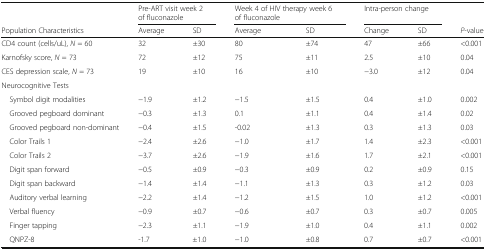
|  | <COLSPAN=2> Pre-ART visit week 2 of fluconazole | <COLSPAN=2> Week 4 of HIV therapy week 6 of fluconazole | <COLSPAN=2> Intra-person change |  |
 | Population Characteristics | Average | SD | Average | SD | Change | SD | P-value |
 | --- | --- | --- | --- | --- | --- | --- | --- |
 | CD4 count (cells/uL), N = 60 | 32 | ±30 | 80 | ±74 | 47 | ±66 | <0.001 |
 | Karnofsky score, N = 73 | 72 | ±12 | 75 | ±11 | 2.5 | ±10 | 0.04 |
 | CES depression scale, N = 73 | 19 | ±10 | 16 | ±10 | −3.0 | ±12 | 0.04 |
 | <COLSPAN=8> Neurocognitive Tests |
 | Symbol digit modalities | −1.9 | ±1.2 | −1.5 | ±1.5 | 0.4 | ±1.0 | 0.002 |
 | Grooved pegboard dominant | −0.3 | ±1.3 | 0.1 | ±1.1 | 0.4 | ±1.4 | 0.02 |
 | Grooved pegboard non-dominant | −0.4 | ±1.5 | -0.02 | ±1.3 | 0.3 | ±1.3 | 0.03 |
 | Color Trails 1 | −2.4 | ±2.6 | −1.0 | ±1.7 | 1.4 | ±2.3 | <0.001 |
 | Color Trails 2 | −3.7 | ±2.6 | −1.9 | ±1.6 | 1.7 | ±2.1 | <0.001 |
 | Digit span forward | −0.5 | ±0.9 | −0.3 | ±0.9 | 0.2 | ±0.9 | 0.15 |
 | Digit span backward | −1.4 | ±1.4 | −1.1 | ±1.3 | 0.3 | ±1.2 | 0.03 |
 | Auditory verbal learning | −2.2 | ±1.4 | −1.2 | ±1.5 | 1.0 | ±1.2 | <0.001 |
 | Verbal fluency | −0.9 | ±0.7 | −0.6 | ±0.7 | 0.3 | ±0.7 | 0.005 |
 | Finger tapping | −2.3 | ±1.1 | −1.9 | ±1.0 | 0.4 | ±1.1 | 0.002 |
 | QNPZ-8 | -1.7 | ±1.0 | −1.0 | ±0.8 | 0.7 | ±0.7 | <0.001 |